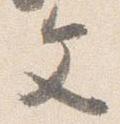
文